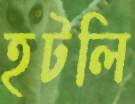
হটলি